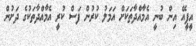
އީޕީއޭ އިން ބުނީ އެމާއްދާތަކަށް އަމަލު ކުރުން ފަސް ކުރީ އެމާއްދާތަކުގެ ދަށުން